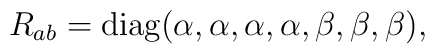
{R_{ab} = \textrm{diag}(\alpha,\alpha,\alpha,\alpha,\beta,\beta,\beta),}